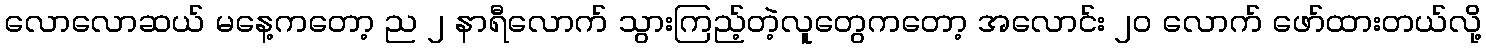
လောလောဆယ် မနေ့ကတော့ ည ၂ နာရီလောက် သွားကြည့်တဲ့လူတွေကတော့ အလောင်း ၂၀ လောက် ဖော်ထားတယ်လို့